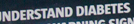
INDERSTAND DIABETES